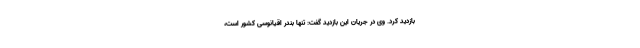
بازدید کرد. وی در جریان این بازدید گفت: تنها بندر اقیانوسی کشور است،